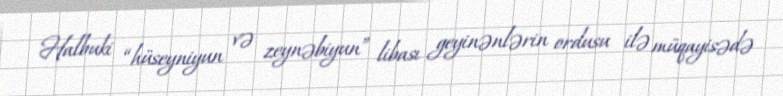
Halbuki “hüseyniyun və zeynəbiyun” libası geyinənlərin ordusu ilə müqayisədə